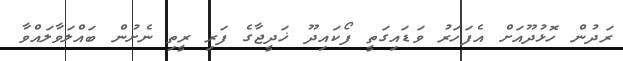
ރަދުން ހޮޅުދޫއަށް އެފަހަރު ވަޑައިގަތީ ފޯކައިދޫ ޚަދީޖާގެ ފަރި ރީތި ނެށުން ބައްލަވާލައްވާ